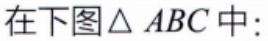
在下图$\triangle ABC$中: